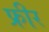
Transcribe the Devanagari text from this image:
फ्रीर